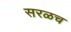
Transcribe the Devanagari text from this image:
सरळच